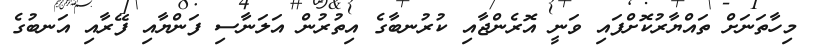
މިހާތަނަށް ތައްޔާރުކޮށްފައި ވަނީ އޮރެންޖާއި ކުރުނބާގެ އިތުރުން އަލަނާސި ފަންޔާއި ފޭރާއި އަނބުގެ